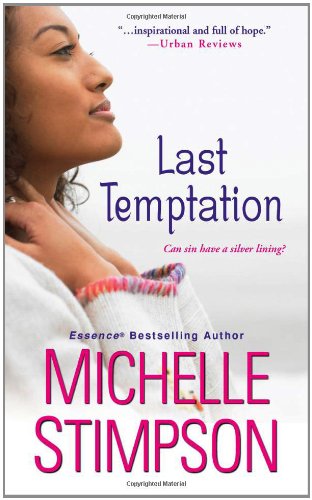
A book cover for Last Temptation; Michelle Stimpson; Romance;